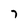
Character: 7